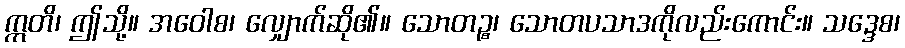
ဣတိ၊ ဤသို့။ အဝေါစ၊ လျှောက်ဆို၏။ သောတဉ္စ၊ သောတပသာဒကိုလည်းကောင်း။ သဒ္ဒေစ၊